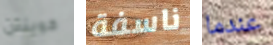
كوينتن ناسفة عندما